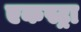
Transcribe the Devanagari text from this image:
एकस्ट्रा